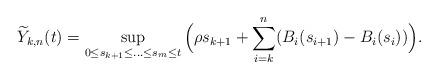
LaTeX: \begin{align*}\widetilde{Y}_{k,n}(t)=\sup_{0\leq s_{k+1}\leq \ldots\leq s_m\leq t}\Big(\rho s_{k+1}+\sum_{i=k}^n (B_i(s_{i+1})-B_i(s_i))\Big).\end{align*}